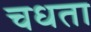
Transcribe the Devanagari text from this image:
चधता